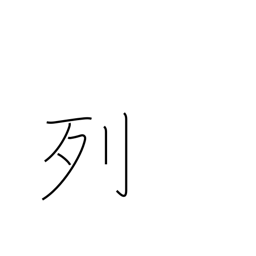
Meaning: row